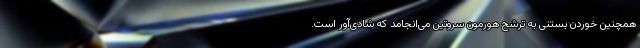
همچنین خوردن بستنی به ترشح هورمون سروتین می‌انجامد که شادی‌آور است.